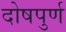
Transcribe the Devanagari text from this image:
दोषपुर्ण